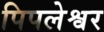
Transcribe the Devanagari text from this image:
पिपलेश्वर